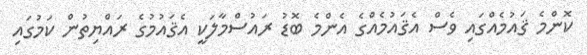
ކޮންމެ ޤައުމެއްގައި ވެސް އެޤައުމެއްގެ އެންމެ ބޮޑު ރައުސްމާލަކީ އެޤައުމުގެ ރައްޔިތުން ކަމުގައި